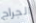
الجراج